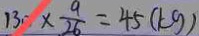
1 3 0 \times \frac { 9 } { 2 6 } = 4 5 ( k g )